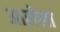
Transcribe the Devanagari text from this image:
अालेला